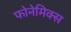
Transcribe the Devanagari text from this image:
फोनेमिक्स